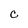
Character: C